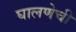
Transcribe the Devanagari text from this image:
घालणेची